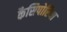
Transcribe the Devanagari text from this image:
कैसिपोरिया